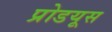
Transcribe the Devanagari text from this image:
प्रोडयूस